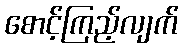
စောင့်ကြည့်လျက်